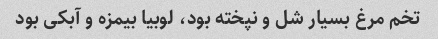
تخم مرغ بسیار شل و نپخته بود، لوبیا بیمزه و آبکی بود